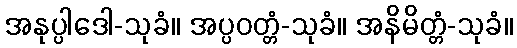
အနုပ္ပါဒေါ-သုခံ။ အပ္ပဝတ္တံ-သုခံ။ အနိမိတ္တံ-သုခံ။